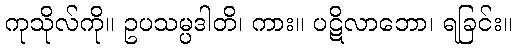
ကုသိုလ်ကို။ ဥပသမ္ပဒါတိ၊ ကား။ ပဋိလာဘော၊ ရခြင်း။